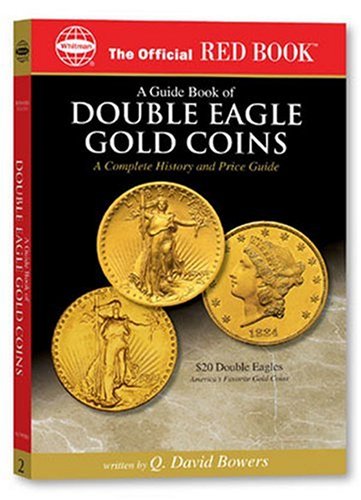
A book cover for An Official Red Book: A Guide Book of Double Eagle Gold Coins: A Complete History and Price Guide (Official Red Books); Q. David Bowers; Crafts, Hobbies & Home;